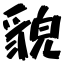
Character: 貌